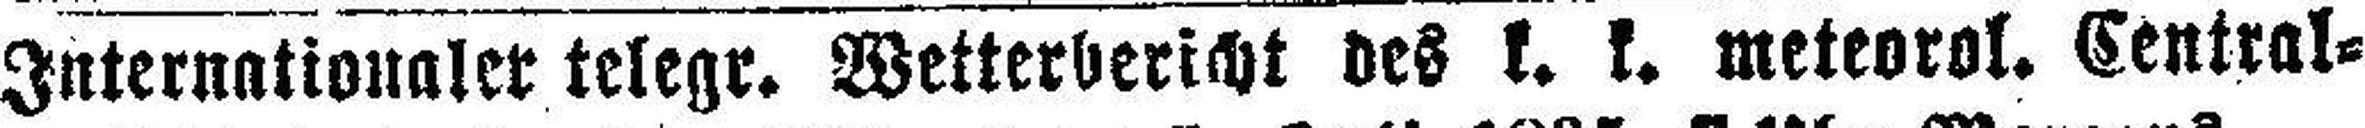
Internationaler telegr. Wetterbericht des k. k. meteorol. Central=